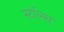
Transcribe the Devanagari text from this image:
स्टॉल्स्